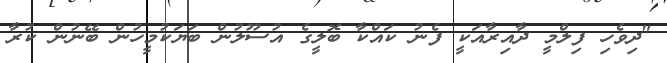
"ދިވެހި ފިލްމީ ދާއިރާއަކީ ފެނު ކައްކާ ބޮލީގެ އުސޫލުން ބަޔަކުމީހުން ބޭނުން ކުރާ